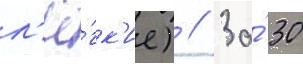
л'ё́гк'ие) // За́ 30